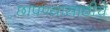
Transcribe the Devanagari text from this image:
छापण्यासाठीचे